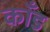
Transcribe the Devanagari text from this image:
काँड